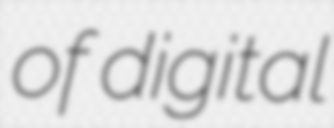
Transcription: of digital